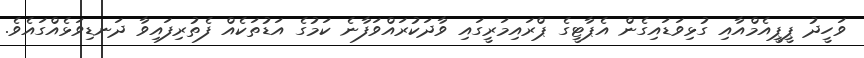
ވަހީދު ޕީޕީއެމްއާއި ގުޅިވަޑައިގެން އެޕާޓީގެ ޕްރައިމަރީގައި ވާދަކުރައްވަފާނެ ކަމުގެ އަޑުތަކެއް ފެތުރިފައިވާ ދަނޑިވަޅެއްގައެވެ.